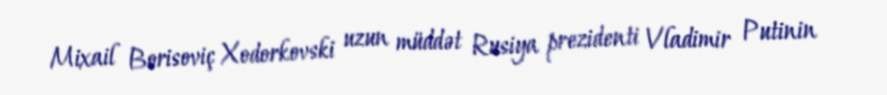
Mixail Borisoviç Xodorkovski uzun müddət Rusiya prezidenti Vladimir Putinin